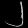
Digit: ၂